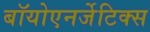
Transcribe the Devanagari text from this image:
बॉयोएनर्जेटिक्स